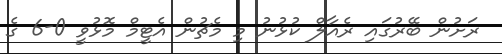
ރަށުން ބޭރުގައި ރެއާލް ކުޅުނު މި މެޗުން އެޓީމް މޮޅުވީ 0-6 ގެ